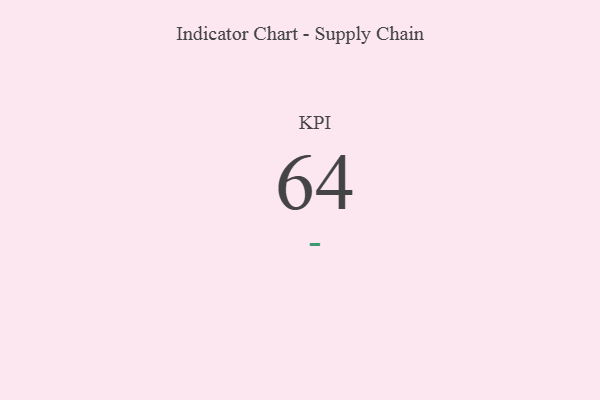
{"axis": {"x": "KPI", "y": "Value"}, "legend": [""], "data": [{"x": "KPI", "y": 64, "type": ""}]}